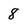
Character: 8